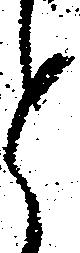
と